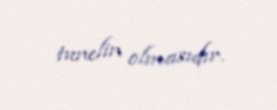
tunelin olmasıdır.